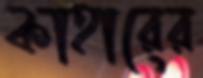
কাহারের